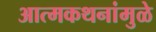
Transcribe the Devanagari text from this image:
आत्मकथनांमुळे